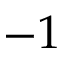
- 1